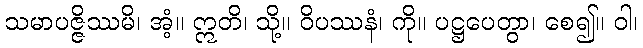
သမာပဇ္ဇိဿမိ၊ အံ့။ ဣတိ၊ သို့။ ဝိပဿနံ၊ ကို။ ပဋ္ဌပေတွာ၊ စေ၍။ ဝါ၊